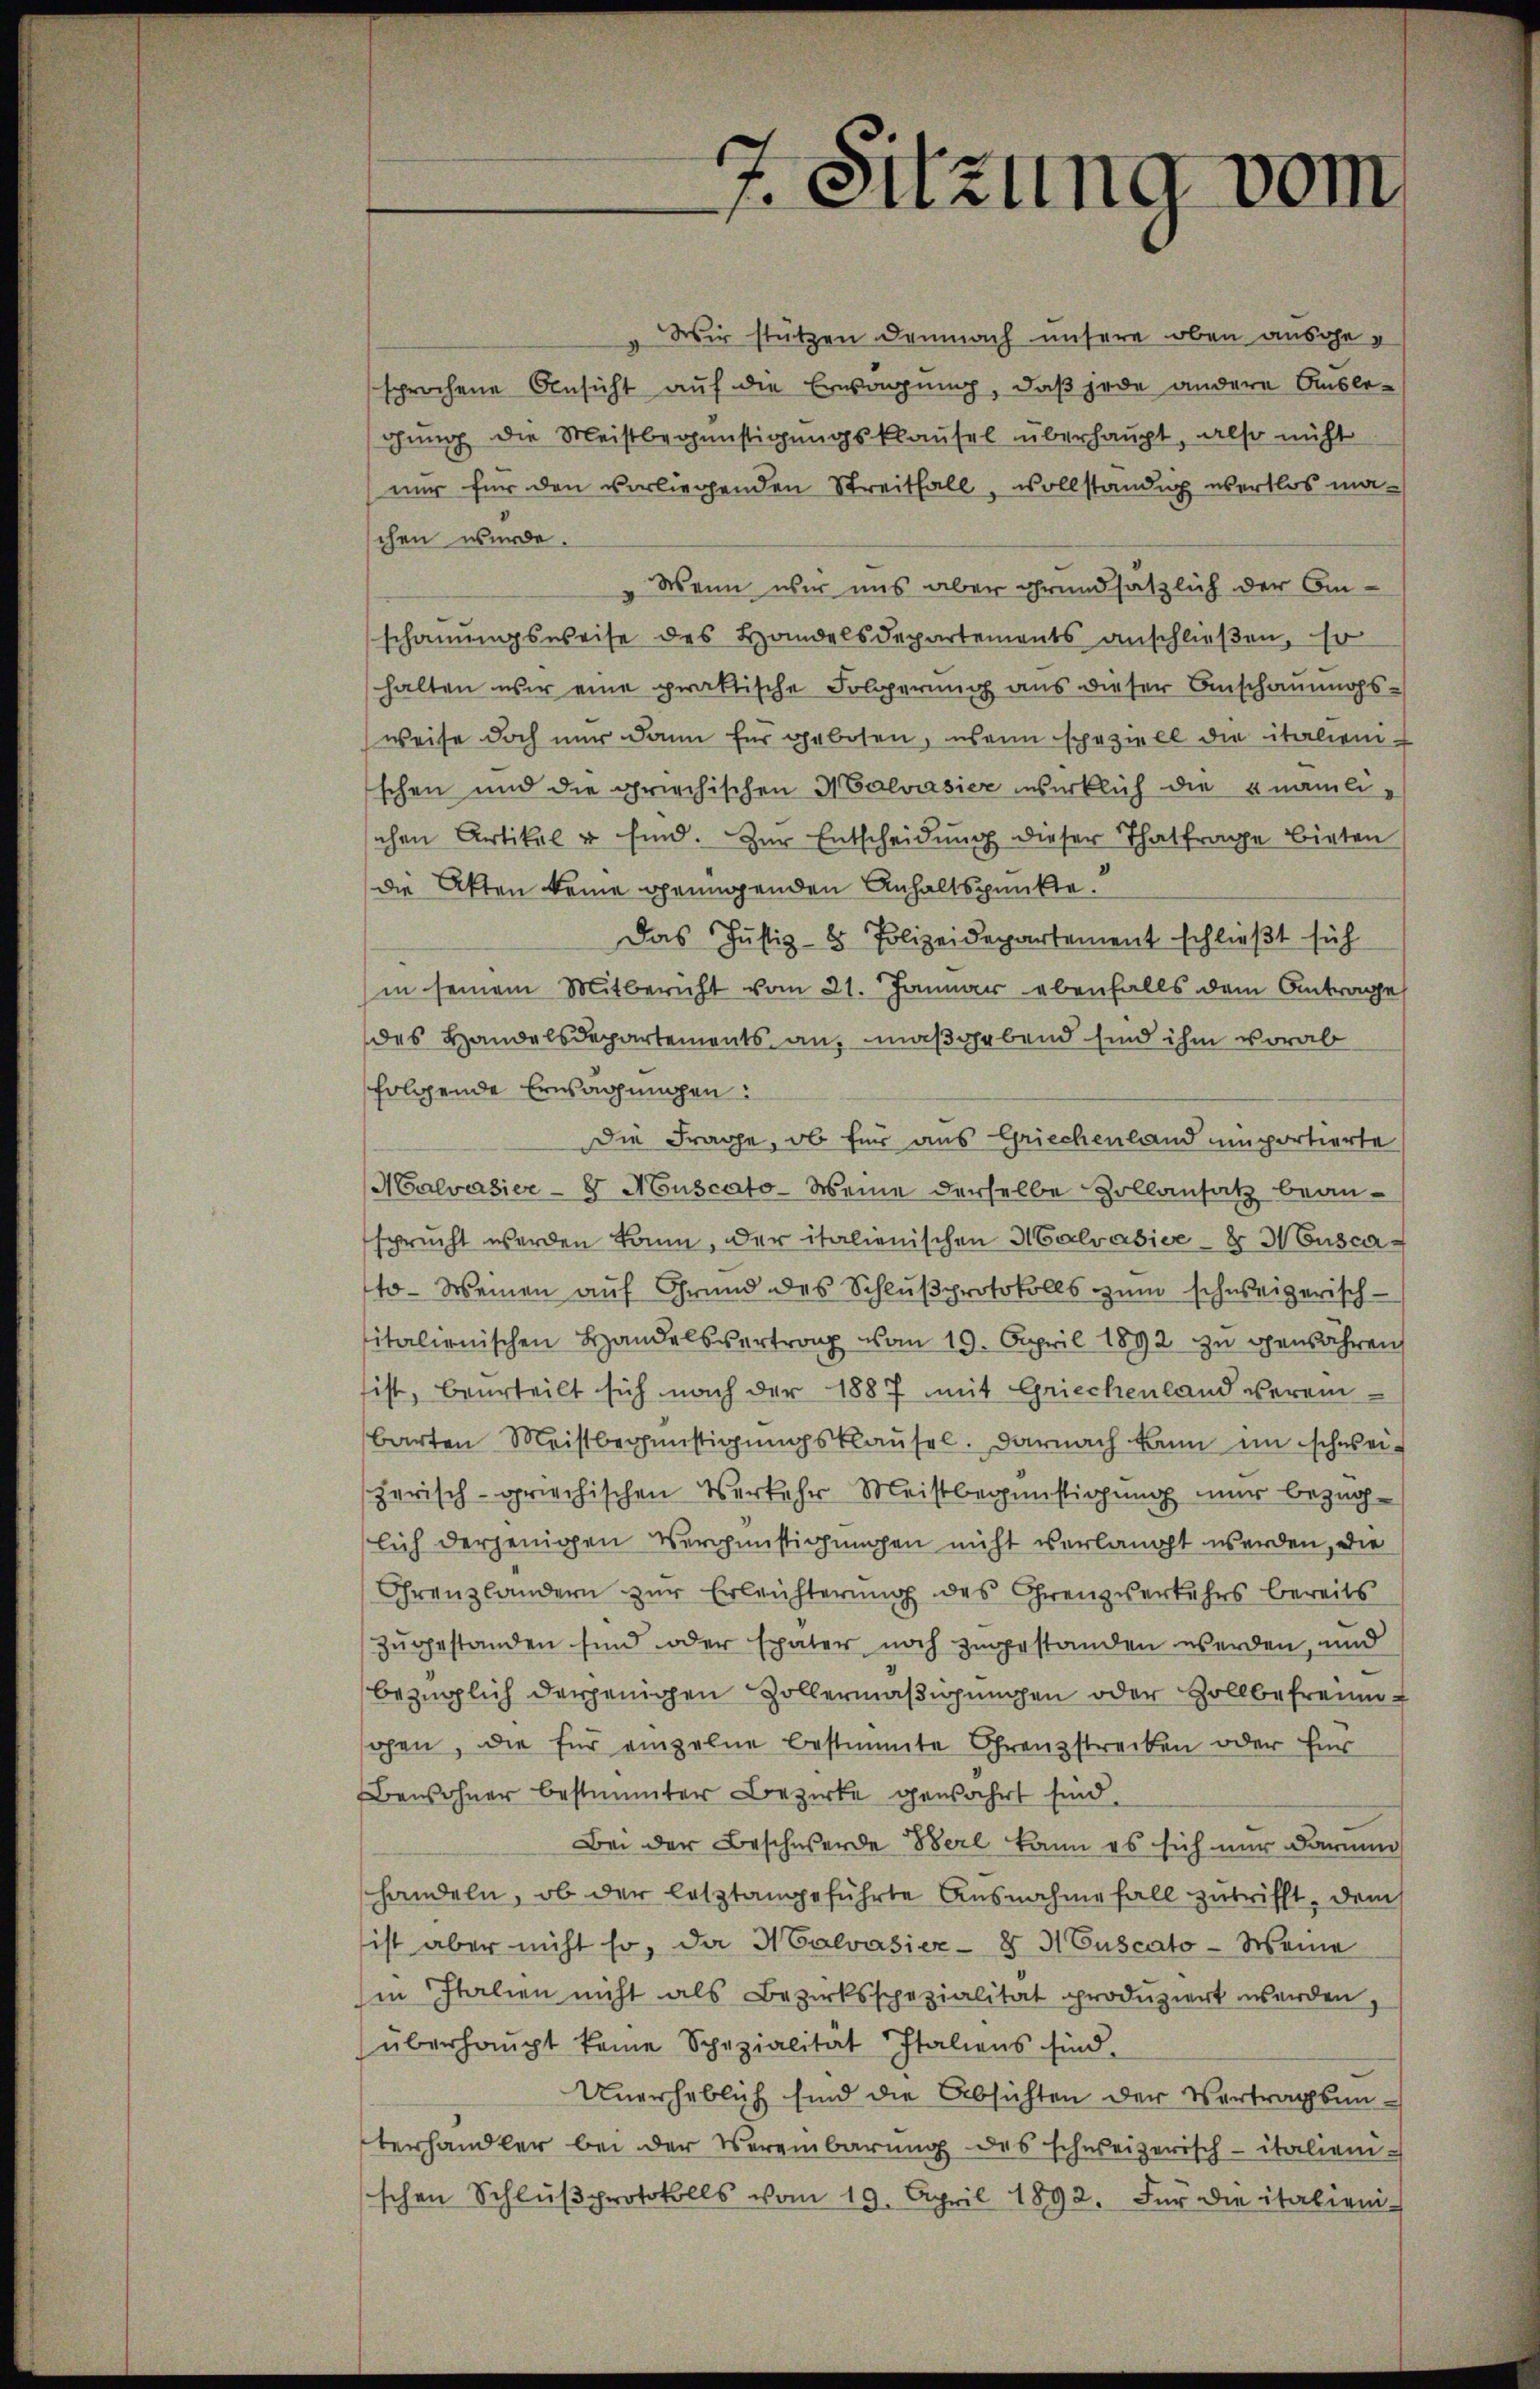
7. Sitzung vom

Wir stützen demnach unsere oben ausgesprochene Ansicht auf die Erwägung, daß jede andere Auslegung die Meistbegünstigungsklausel überhaupt, also nicht
nur für den vorliegenden Streitfall, vollständig übertlos maschen wurde.
Wenn wir uns aber grundsätzlich der Amschauungsweise des Handelsdepartements anschlieβen, so
halten wir eine praktische Folgerung aus dieser Anschauungsweise doch nur dann für geboten, wenn speziell die italienischen und die griechischen Malvasier wirklich die nämlischen Artikel u sind. Zŭr Entscheidŭng dieser Thatfrage bieten
die Akten keine genügenden Anhaltspunkte.
Das Justiz- & Polizeidepartement schließt sich
in seinem Mitbericht vom 21. Januar ebenfalls dem Antrage
des Handelsdepartements an, maßgebend sind ihm vorab
folgende Erwägungen:
Die Frage, ob für aus Griechenland emportierte
Malvasier - Muscato-Weine derselbe Zollansatz beansprucht werden kann, der italienischen Malvabier - Musca
to- Weinen auf Grund des Schlußprotokolls zum schweizerisch-
italienischen Handelsvertrag vom 19. April 1892 zu gewähren
ist, beurteilt sich nach der 1887 mit Griechenland verein-
barten Meistbegünstigungsklausel. Darnach kann im schweizerisch-griechischen Verkehr Meistbegünstigung nur bezüglich derjenigen Vergünstigungen nicht verlangt werden, die
Chrenzländern zur Erleichterung des Grenzverkehrs bereits
Zugestanden sind oder später noch zugestanden werden, und
bezüglich derjenigen Zollermäßigungen oder Zollbefreinohen, die für einzelne bestimmte Grenzstrecken oder für
Bewohner bestimmter Bezirke gewahrt sind.
Bei der Beschwerde Berl kann es sich nur darum
handeln, ob der letztangeführte Ausnahme fall zutrifft, dem
ist aber nicht so, da Nalvasier- § 3 Cuscato -Weine
in Italien nicht als Bezirksspezialität produziert werden.
überhaupt keine Schazialität Italiens sind.
Unerheblich sind die Absichten der Vertragsunterhandler bei der Vereinbarŭng des schweizerisch-italieni-
schen Schlŭβprotokolls vom 19. April 1892. Für die italien-